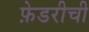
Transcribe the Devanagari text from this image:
फ़ेडरीची